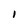
Character: I